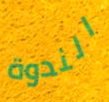
الندوة